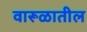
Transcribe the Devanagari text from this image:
वारूळातील